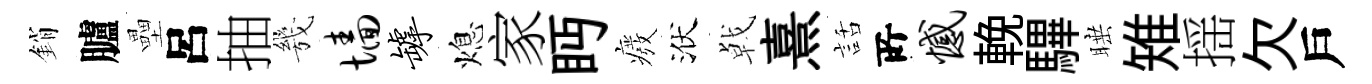
銷臚壘呂抽㡬墙罅熄家眄癈洑㦸熹話𠩄憾輓驆睡雉揺欠戶